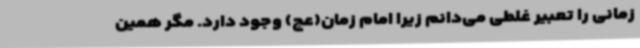
زمانی را تعبیر غلطی می‌دانم زیرا امام زمان(عج) وجود دارد. مگر همین